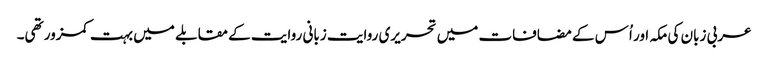
عربی زبان کی مکہ اور اُس کے مضافات میں تحریری روایت زبانی روایت کے مقابلے میں بہت کمزور تھی۔